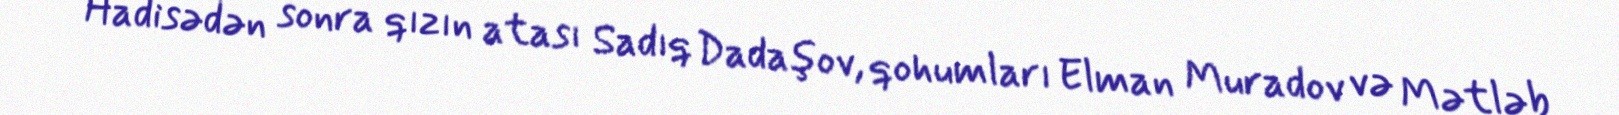
Hadisədən sonra qızın atası Sadıq Dadaşov, qohumları Elman Muradov və Mətləb